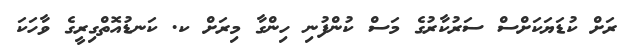
ރަށް ކުޑަޔަކަށްސް ސަރުކާރުގެ މަސް ކުންފުނި ހިންގާ މިރަށް ކ. ކަނޑުއޮތްގިރީގެ ވާހަކަ